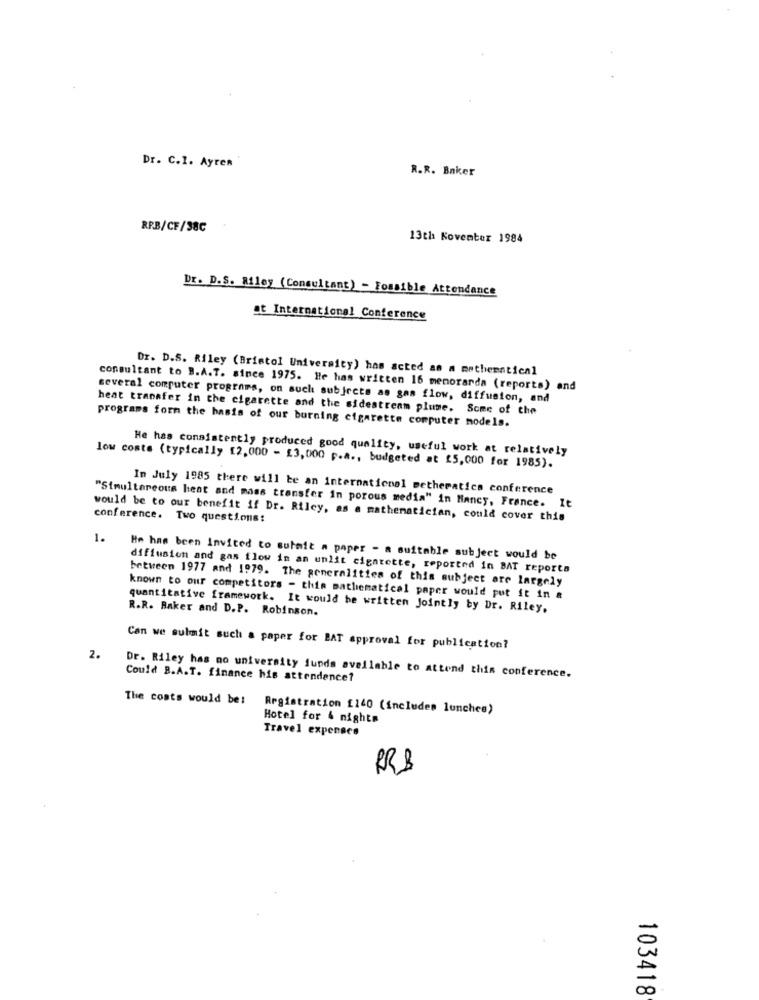
Dr. C.I. Ayren
R.R. Baker
RP.B/CF/38C
13th November 1984
DE. P . S. Miley (Consultant) - Possible Attendance
at International Conference
Dr. D.S. Riley (Bristol University) has acted as a mathematical
consultant to B.A.T. since 1975. He has written 16 memorarda (reports) and
several computer programs, on such subjects as gas flow, diffusion, and
heat transfer in the cigarette and the sidestream plume. Some of the
programs form the basis of our burning cigarette computer models.
He has consistently produced good quality, useful work at relatively
low coste (typically [2,000 - £3,000 p.a ., budgeted at 25,000 for 1985).
In July 1985 there will be an international petheratics conference
"Simultaneous heat and mass transfer in porous media" in Nancy, France. It
would be to our benefit if Dr. Riley, as a mathematician, could cover this
conference. Two questions:
1.
He has been Invited to submit a paper - a suitable subject would be
diffusion and gas flow in an unlit cigarette, reported in BAT reports
between 1977 and 1979. The generalities of this subject are largely
known to our competitors - this mathematical paper would put it in &
quantitative framework. It would be written Jointly by Dr. Riley.
R.R. Baker and D.P. Robinson.
Can we submit such a paper for BAT approval for publication?
2.
Dr. Riley has no university funds available to attend this conference.
Could B.A.T. finance his attendance?
The costs would be!
Registration £140 (includes lunches)
Hotel for 4 nights
Travel expenses
RRB
103418